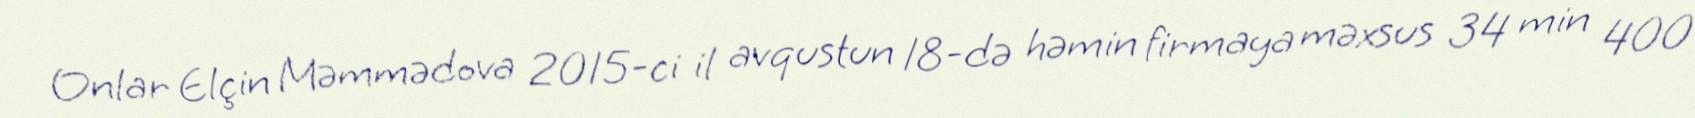
Onlar Elçin Məmmədova 2015-ci il avqustun 18-də həmin firmaya məxsus 34 min 400